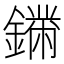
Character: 𨬚